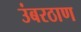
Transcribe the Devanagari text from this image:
उंबरठाण